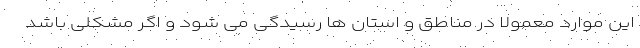
این موارد معمولا در مناطق و استان ها رسیدگی می شود و اگر مشکلی باشد